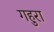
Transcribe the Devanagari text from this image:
गहुरा